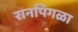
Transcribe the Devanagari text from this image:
रानपिगळा